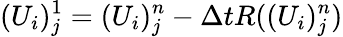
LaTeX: (U_{i})_{j}^{1}=(U_{i})_{j}^{n}-\Delta tR((U_{i})_{j}^{n})